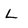
Character: L